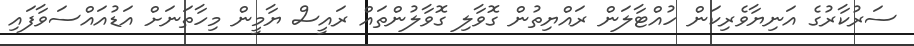
ސަރުކާރުގެ އަނިޔާވެރިކަން ހުއްޓާލަން ރައްޔިތުން ގޮވާލި ގޮވާލުންތައް ރައީސް ޔާމީން މިހާތަނަށް އަޑުއައްސަވާފައި